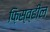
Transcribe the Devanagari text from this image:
फ़िस्व्हील